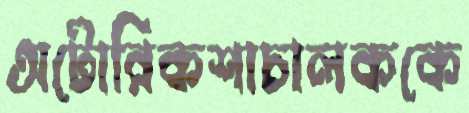
অটোরিকশাচালককে